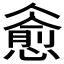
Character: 𪬪